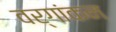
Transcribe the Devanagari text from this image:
वर्गांकन